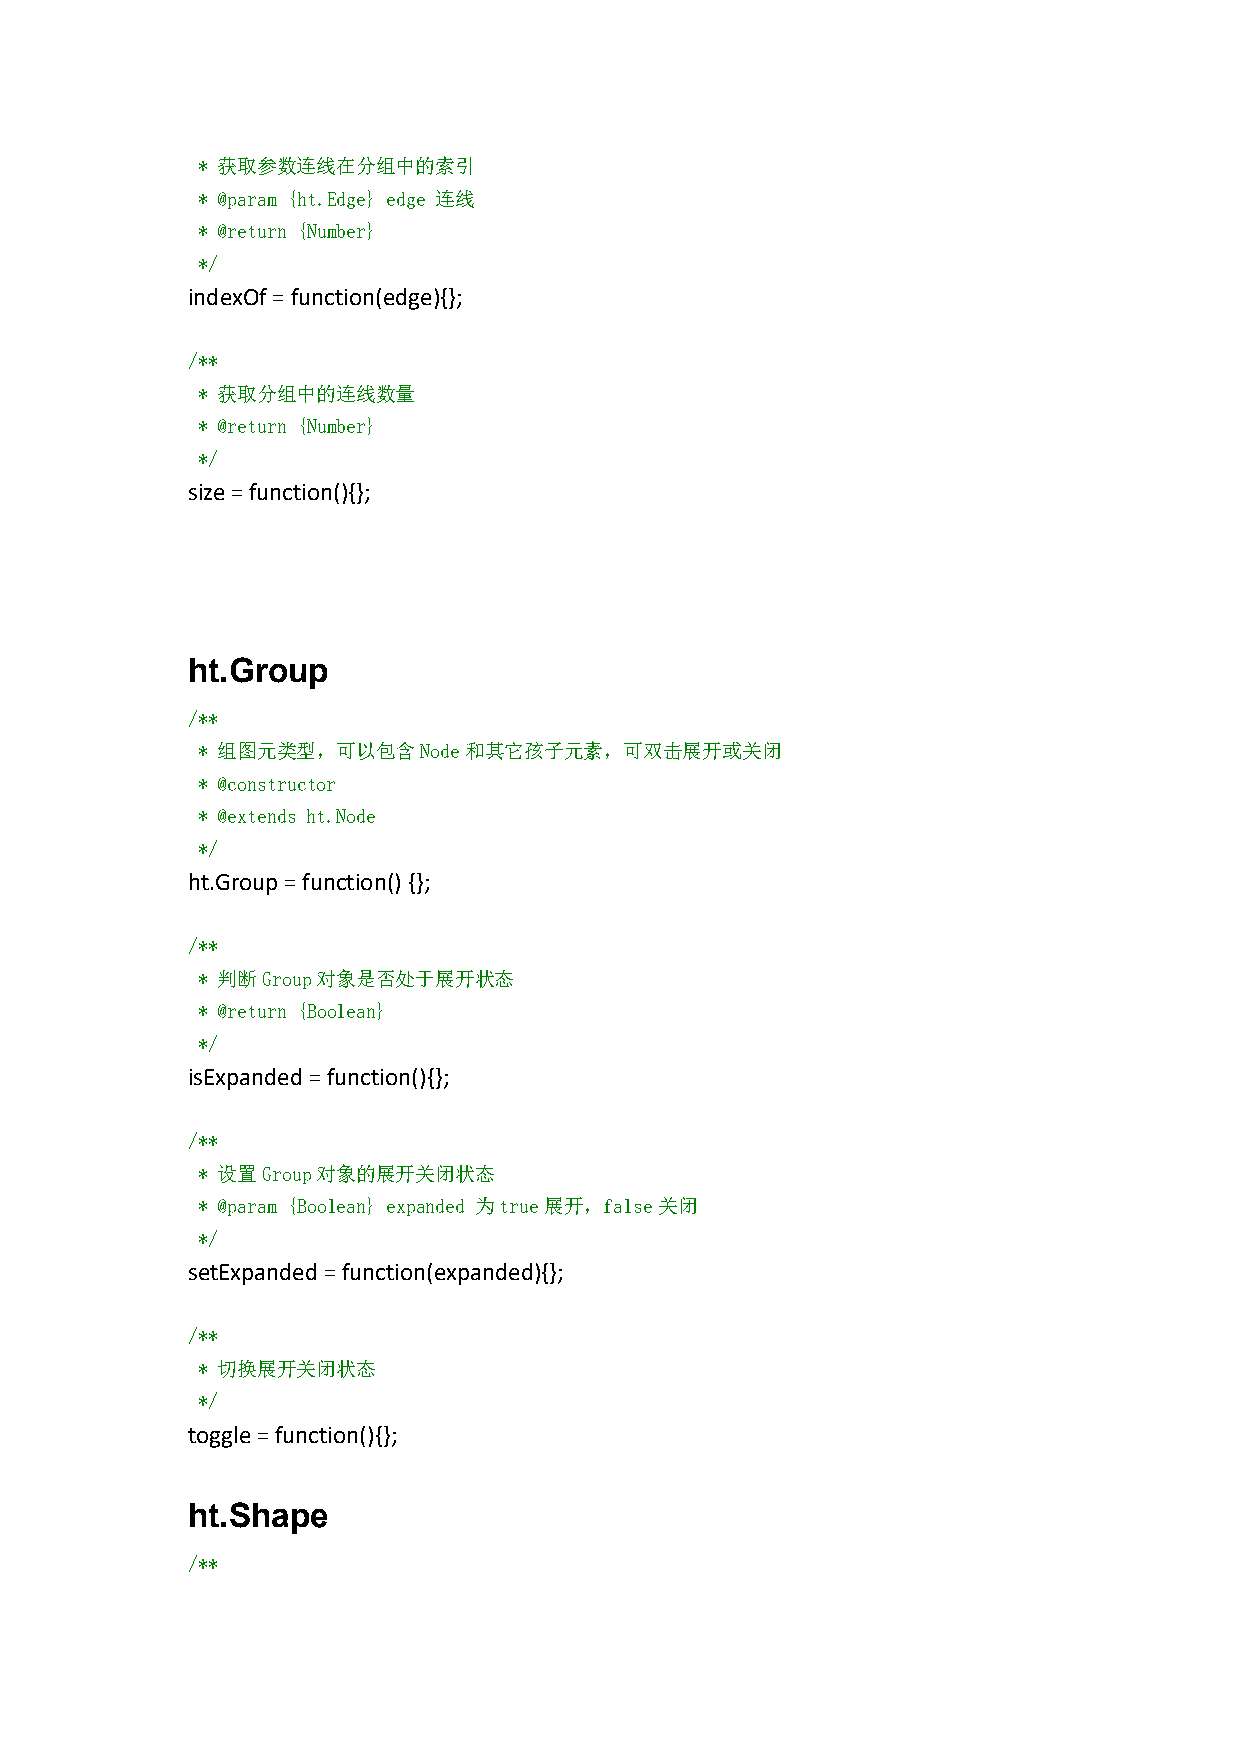
* 获取参数连线在分组中的索引
 * @param {ht.Edge} edge 连线
 * @return {Number}
 */
 indexOf=function(edge){};
 /**
 * 获取分组中的连线数量
 * @return {Number}
 */
 size=function(){};
 ht.Group
 /**
 * 组图元类型，可以包含Node和其它孩子元素，可双击展开或关闭
 * @constructor
 * @extends ht.Node
 */
 ht.Group=function(){};
 /**
 * 判断Group对象是否处于展开状态
 * @return {Boolean}
 */
 isExpanded=function(){};
 /**
 * 设置Group对象的展开关闭状态
 * @param {Boolean} expanded 为true展开，false关闭
 */
 setExpanded=function(expanded){};
 /**
 * 切换展开关闭状态
 */
 toggle=function(){};
 ht.Shape
 /**